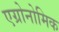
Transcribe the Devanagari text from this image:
एग्रोनोमिक